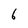
Character: 6